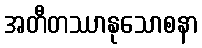
အတီတဿာနုသောစနာ